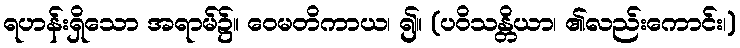
ရဟန်းရှိသော အရာမ်၌။ ဝေမတိကာယ၊ ၍။ (ပဝိသန္တိယာ၊ ၏လည်းကောင်း၊)